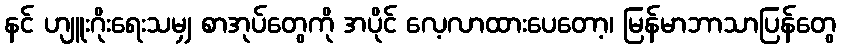
နင် ဟျူးဂိုးရေးသမျှ စာအုပ်တွေကို အပိုင် လေ့လာထားပေတော့၊ မြန်မာဘာသာပြန်တွေ